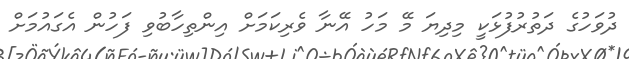
ދުވަހުގެ ދަތުރުފުޅަކީ މިދިޔަ މޭ މަހު އޭނާ ވެރިކަމަށް އިންތިހާބުވި ފަހުން އެގައުމަށް